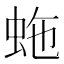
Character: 𧉮